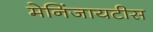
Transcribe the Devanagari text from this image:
मेनिंजायटीस